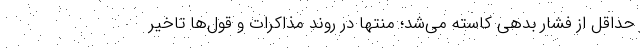
حداقل از فشار بدهی کاسته می‌شد؛ منتها در روند مذاکرات و قول‌ها تاخیر